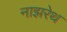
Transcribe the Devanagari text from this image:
नाझरेथ